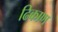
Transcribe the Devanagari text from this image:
ढिकाण